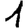
Digit: 1